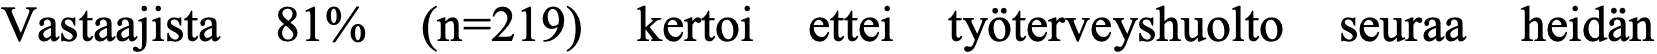
Vastaajista 81% (n=219) kertoi ettei työterveyshuolto seuraa heidän